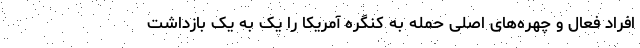
افراد فعال و چهره‌های اصلی حمله به کنگره آمریکا را یک به یک بازداشت